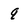
Character: q